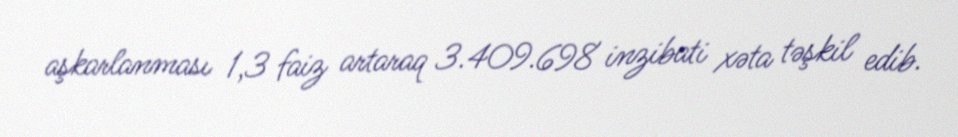
aşkarlanması 1,3 faiz artaraq 3.409.698 inzibati xəta təşkil edib.